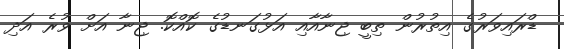
ޑްރައިވަރުގެ އިތުރުން ތިބީ ޖިނާއާއި އަޅުގަނޑުގެ ކޮއްކޮ. ޖިނާ އަށް ވުރެ އަދި